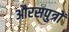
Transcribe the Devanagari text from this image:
औरसपुत्रों